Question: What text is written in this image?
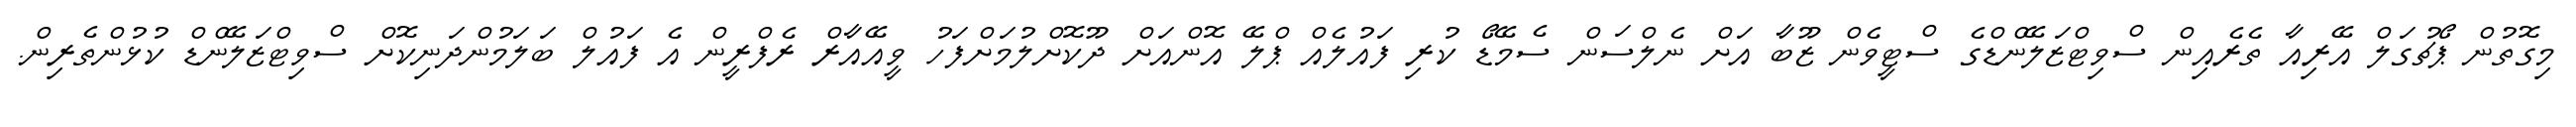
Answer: މިގޮތުން ޕޯޗުގަލް އޭރިއާ ތެރެއިން ސްވިޓްޒަލޭންޑްގެ ސްޓީވެން ޒޫބާ އަށް ނެލްސަން ސެމޭޑޯ ކުރި ފައުލެއް ޕްލޭ އޮންއަށް ދޫކޮށްލުމަށްފަހު ވީއޭއާރް ރެފްރީން އެ ފައުލް ބަލަމުންދަނިކޮށް ސްވިޓްޒަލޭންޑް ކުޅުންތެރިން.